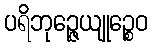
ပရိဘုဉ္ဇေယျုဉ္စေဝ